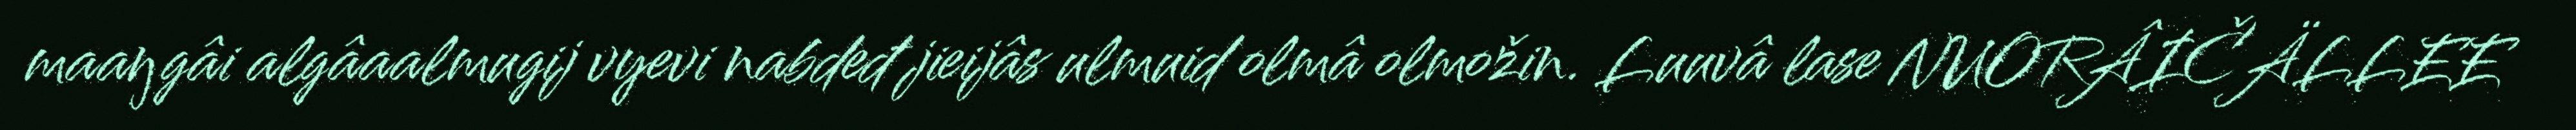
maaŋgâi algâaalmugij vyevi nabdeđ jieijâs ulmuid olmâ olmožin. Luuvâ lase NUORÂIČÄLLEE